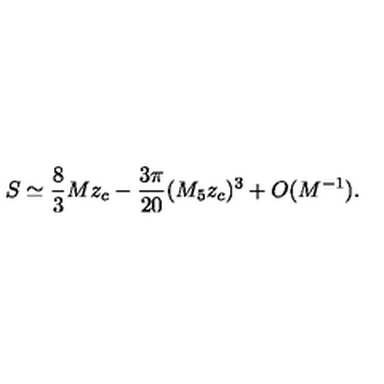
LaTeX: S \simeq \frac { 8 } { 3 } M z _ { c } - \frac { 3 \pi } { 2 0 } ( M _ { 5 } z _ { c } ) ^ { 3 } + O ( M ^ { - 1 } ) .